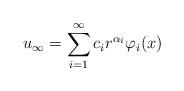
LaTeX: \begin{align*}u_{\infty}= \sum_{i= 1}^{\infty} c_i r^{\alpha_i} \varphi_i(x) \end{align*}